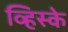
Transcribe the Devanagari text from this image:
व्हिस्के